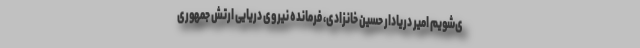
ی‌شویم امیر دریادار حسین خانزادی، فرمانده نیروی دریایی ارتش جمهوری